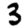
Digit: 3